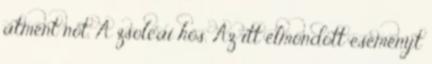
átment nőt. A zsolcai hős. Az itt elmondott eseményt